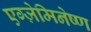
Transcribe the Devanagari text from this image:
एग्ज़ेमिनेष्ण